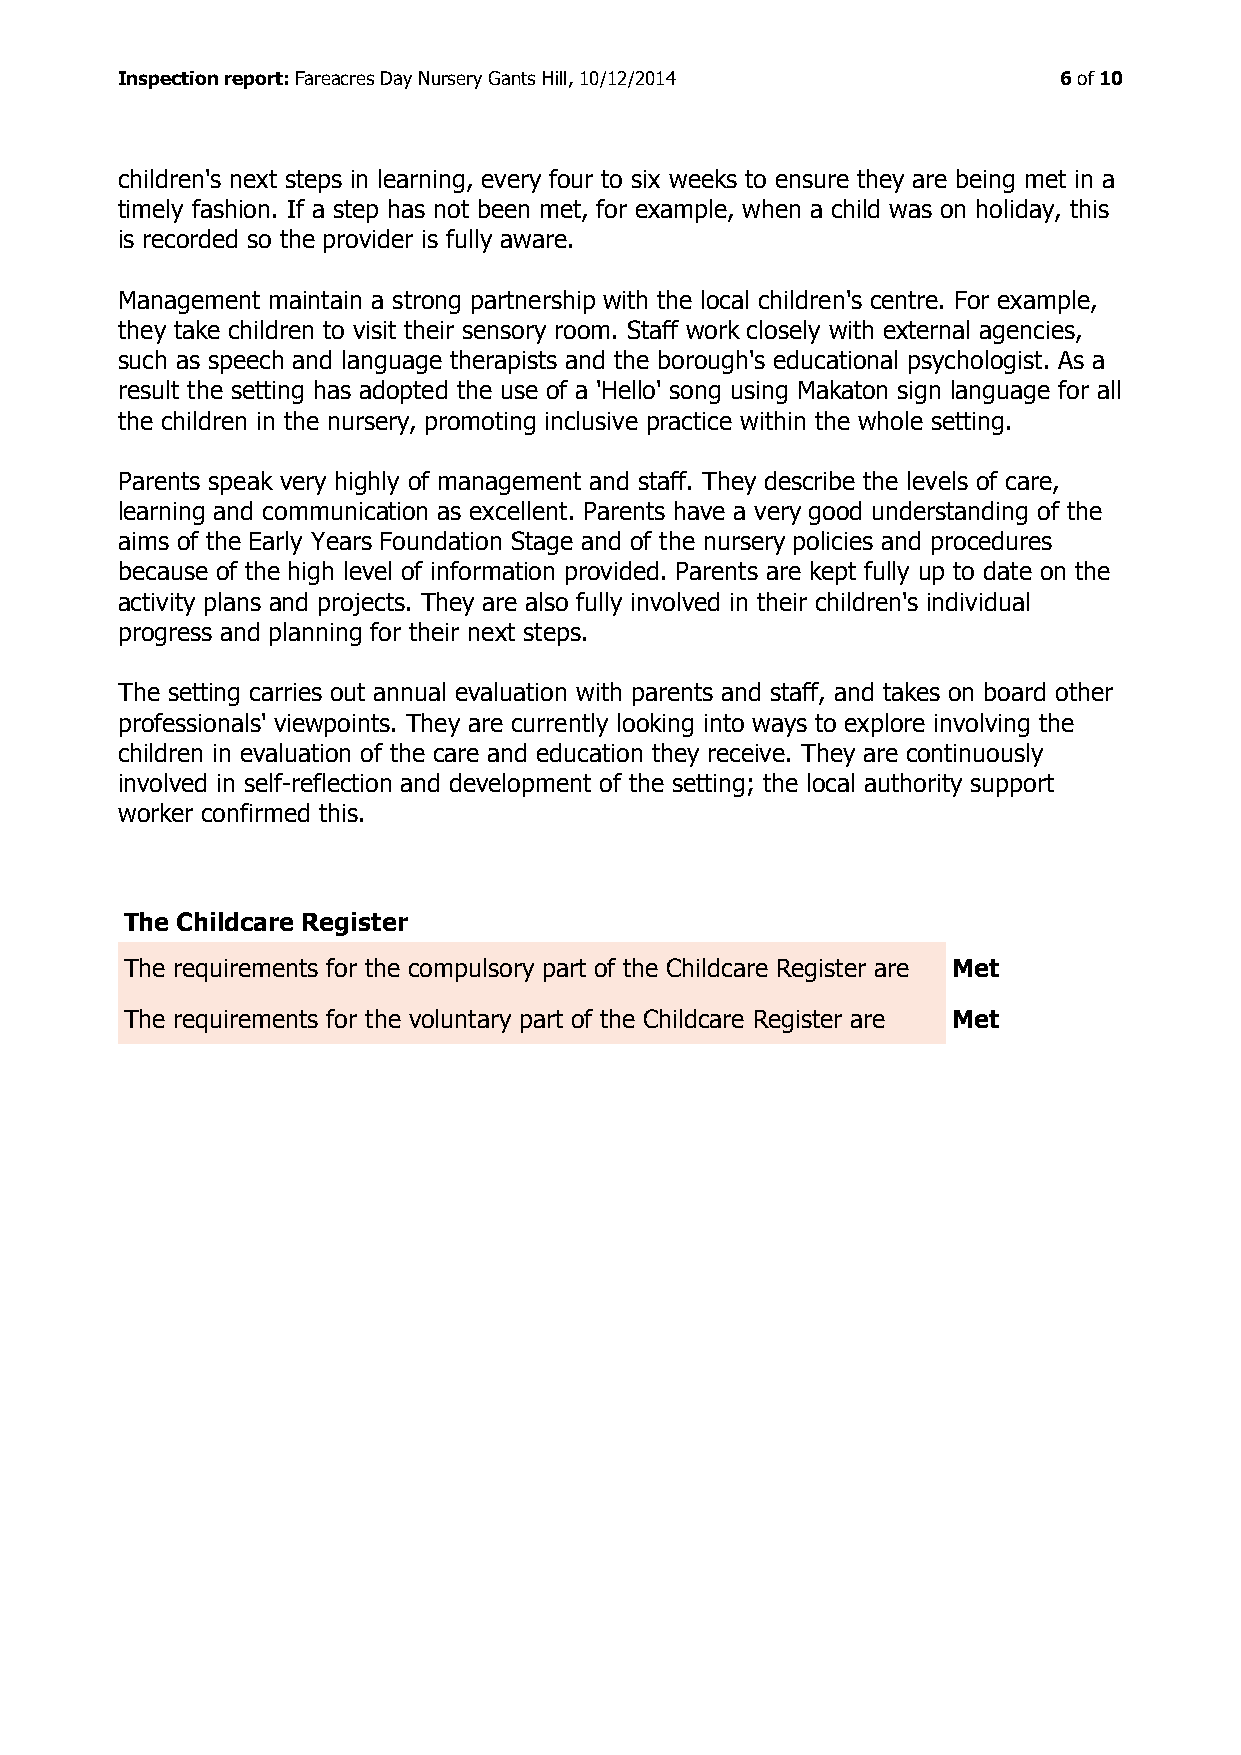
Inspection report: Fareacres Day Nursery Gants Hill, 10/12/2014 6 of 10
 children's next steps in learning, every four to six weeks to ensure they are being met in a
 timely fashion. If a step has not been met, for example, when a child was on holiday, this
 is recorded so the provider is fully aware.
 Management maintain a strong partnership with the local children's centre. For example,
 they take children to visit their sensory room. Staff work closely with external agencies,
 such as speech and language therapists and the borough's educational psychologist. As a
 result the setting has adopted the use of a 'Hello' song using Makaton sign language for all
 the children in the nursery, promoting inclusive practice within the whole setting.
 Parents speak very highly of management and staff. They describe the levels of care,
 learning and communication as excellent. Parents have a very good understanding of the
 aims of the Early Years Foundation Stage and of the nursery policies and procedures
 because of the high level of information provided. Parents are kept fully up to date on the
 activity plans and projects. They are also fully involved in their children's individual
 progress and planning for their next steps.
 The setting carries out annual evaluation with parents and staff, and takes on board other
 professionals' viewpoints. They are currently looking into ways to explore involving the
 children in evaluation of the care and education they receive. They are continuously
 involved in self-reflection and development of the setting; the local authority support
 worker confirmed this.
 The Childcare Register
 The requirements for the compulsory part of the Childcare Register are Met
 The requirements for the voluntary part of the Childcare Register are Met